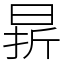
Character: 𣇄